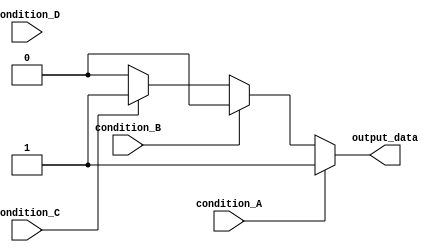
module multiple_if_else (
    input wire condition_A,
    input wire condition_B,
    input wire condition_C,
    input wire condition_D,
    output reg output_data
);

always @(*)
begin
    if (condition_A)
    begin
        output_data = 1;
    end
    else if (condition_B)
    begin
        output_data = 2;
    end
    else if (condition_C)
    begin
        output_data = 3;
    end
    else if (condition_D)
    begin
        output_data = 4;
    end
    else
    begin
        output_data = 0;
    end
end

endmodule